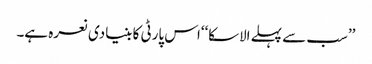
’’سب سے پہلے الاسکا‘‘اس پارٹی کا بنیادی نعرہ ہے۔